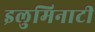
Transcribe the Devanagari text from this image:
इलुमिनाटी